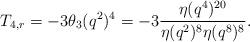
LaTeX: \begin{align*}T_{4,r}=-3\theta_3(q^2)^4=-3\frac{\eta(q^4)^{20}}{\eta(q^2)^8\eta(q^8)^8}.\end{align*}